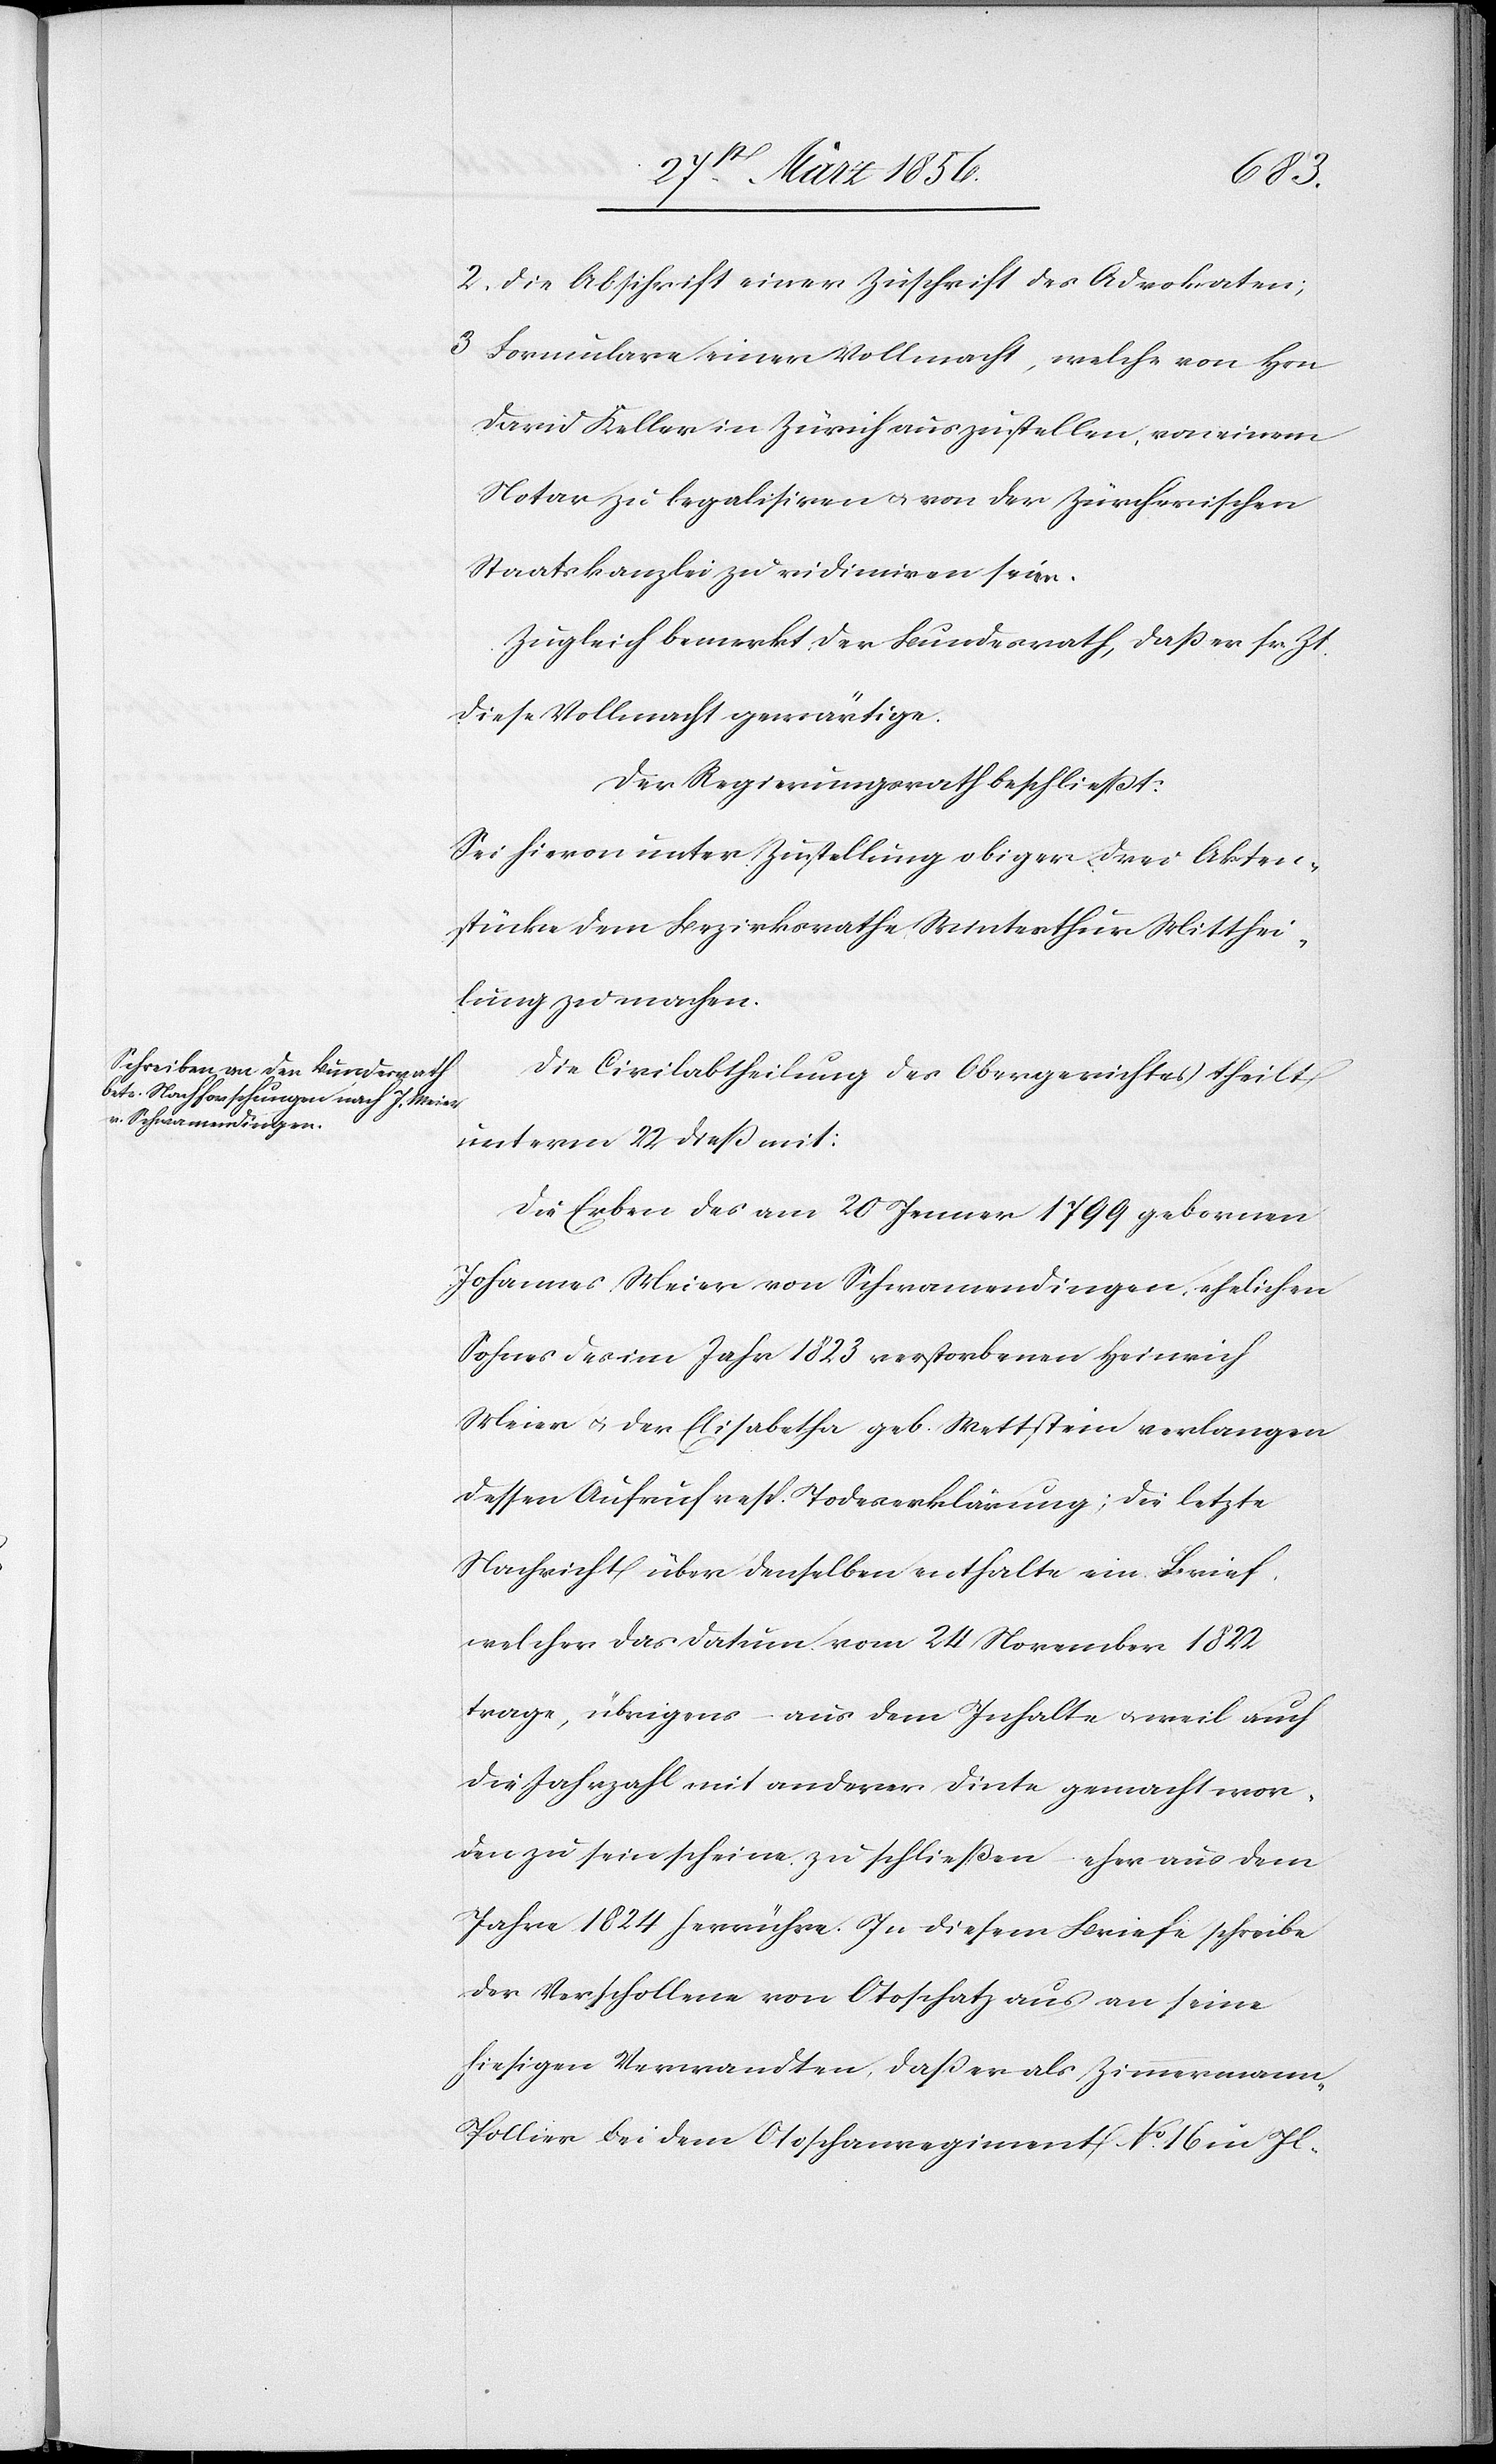
2. die Abschrift einer Zuschrift des Advokaten;
3[.] Formulare einer Vollmacht, welche von Hrn
David Keller in Zürich auszustellen, von einem
Notar zu legalisiren u. von der Zürcherischen
Staatskanzlei zu vidimiren seien.
Zugleich bemerkt der Bundesrath, daß er sr. Zt.
diese Vollmacht gewärtige.
Der Regierungsrath beschließt:
Sei hievon unter Zustellung obiger drei Akten¬
stücke dem Bezirksrath Winterthur Mitthei¬
lung zu machen.
Die Civilabtheilung des Obergerichtes theilt
unterm 22 dieß mit:
Die Erben des am 20 Jenner 1799 gebornen
Johannes Meier von Schwamendingen, ehelichen
Sohnes des im Jahr 1823 verstorbenen Heinrich
Meier u. der Elisabeth geb. Mettstein verlangen
dessen Aufruf resp. Todeserklärung; die letzte
Nachricht über denselben enthalte ein Brief,
welcher das Datum vom 24 November 1822
trage, übrigens aus dem Inhalte u. weil auch
die Jahrzahl mit anderer Dinte gemacht wor¬
den zu sein scheine, zu schließen eher aus dem
Jahre 1824 herrühre. In diesem Briefe schreibe
der Verschollene von Otoschatz aus an seine
hiesigen Verwandten daß er als Zimmerman¬
n-Pollier bei dem Otoschwanregiment No 16 in Il-